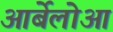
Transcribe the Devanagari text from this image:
आर्बेलोआ